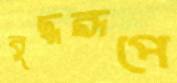
বুদ্ধরূপে